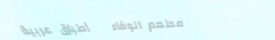
مطعم الوفاء   أطباق عربية